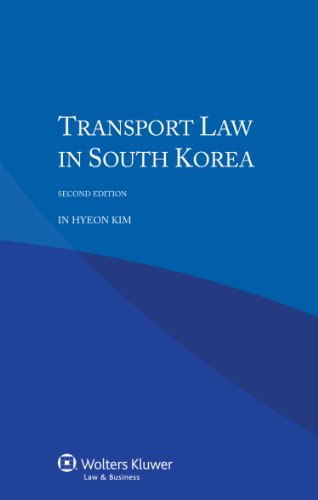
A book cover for Transport law in South Korea, Second Edition; Kim In Hyeon; Law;